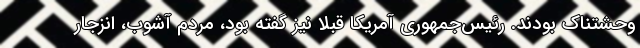
وحشتناک بودند. رئیس‌جمهوری آمریکا قبلا نیز گفته بود، مردم آشوب، انزجار